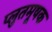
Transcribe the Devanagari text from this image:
प्लुतमूषक